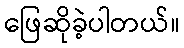
ဖြေဆိုခဲ့ပါတယ်။